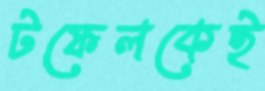
টফেলকেই